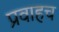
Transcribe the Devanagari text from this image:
प्रवाहच